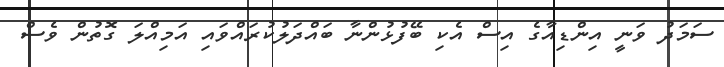
ސަމަދު ވަނީ އިންޑިއާގެ އިސް އެކި ބޭފުޅުންނާ ބައްދަލުކުރައްވައި އަމިއްލަ ގޮތުން ވެސް